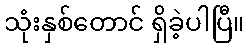
သုံးနှစ်တောင် ရှိခဲ့ပါပြီ။